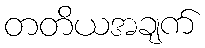
တတိယအချက်